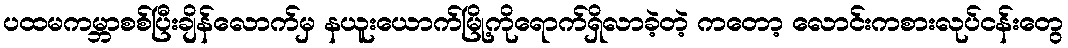
ပထမကမ္ဘာစစ်ပြီးချိန်လောက်မှ နယူးယောက်မြို့ကိုရောက်ရှိလာခဲ့တဲ့ ကတော့ လောင်းကစားလုပ်ငန်းတွေ